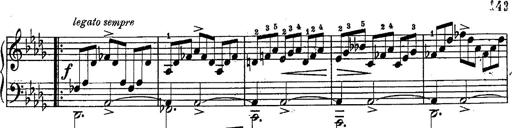
Title: Schubert's Impromptus [revised and edited by Franz Liszt]
Composer: Franz Liszt